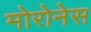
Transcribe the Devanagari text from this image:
मोरोनेस